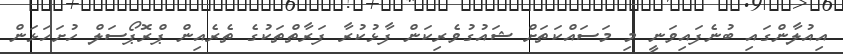
އިއުލާންގައި ބުނެފައިވަނީ މި މަސައްކަތަށް ޝައުގުވެރިކަން ފާޅުކުރާ ފަރާތްތަކުގެ ތެރެއިން ޕްރޮޕޯސަލް ހުށަހަޅަން